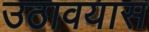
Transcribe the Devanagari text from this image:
उठावयास